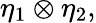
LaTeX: \eta_{1}\otimes\eta_{2},